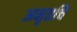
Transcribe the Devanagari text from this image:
अनृतचि